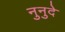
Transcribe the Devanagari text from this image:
नुनुदे